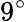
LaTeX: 9^{\circ}